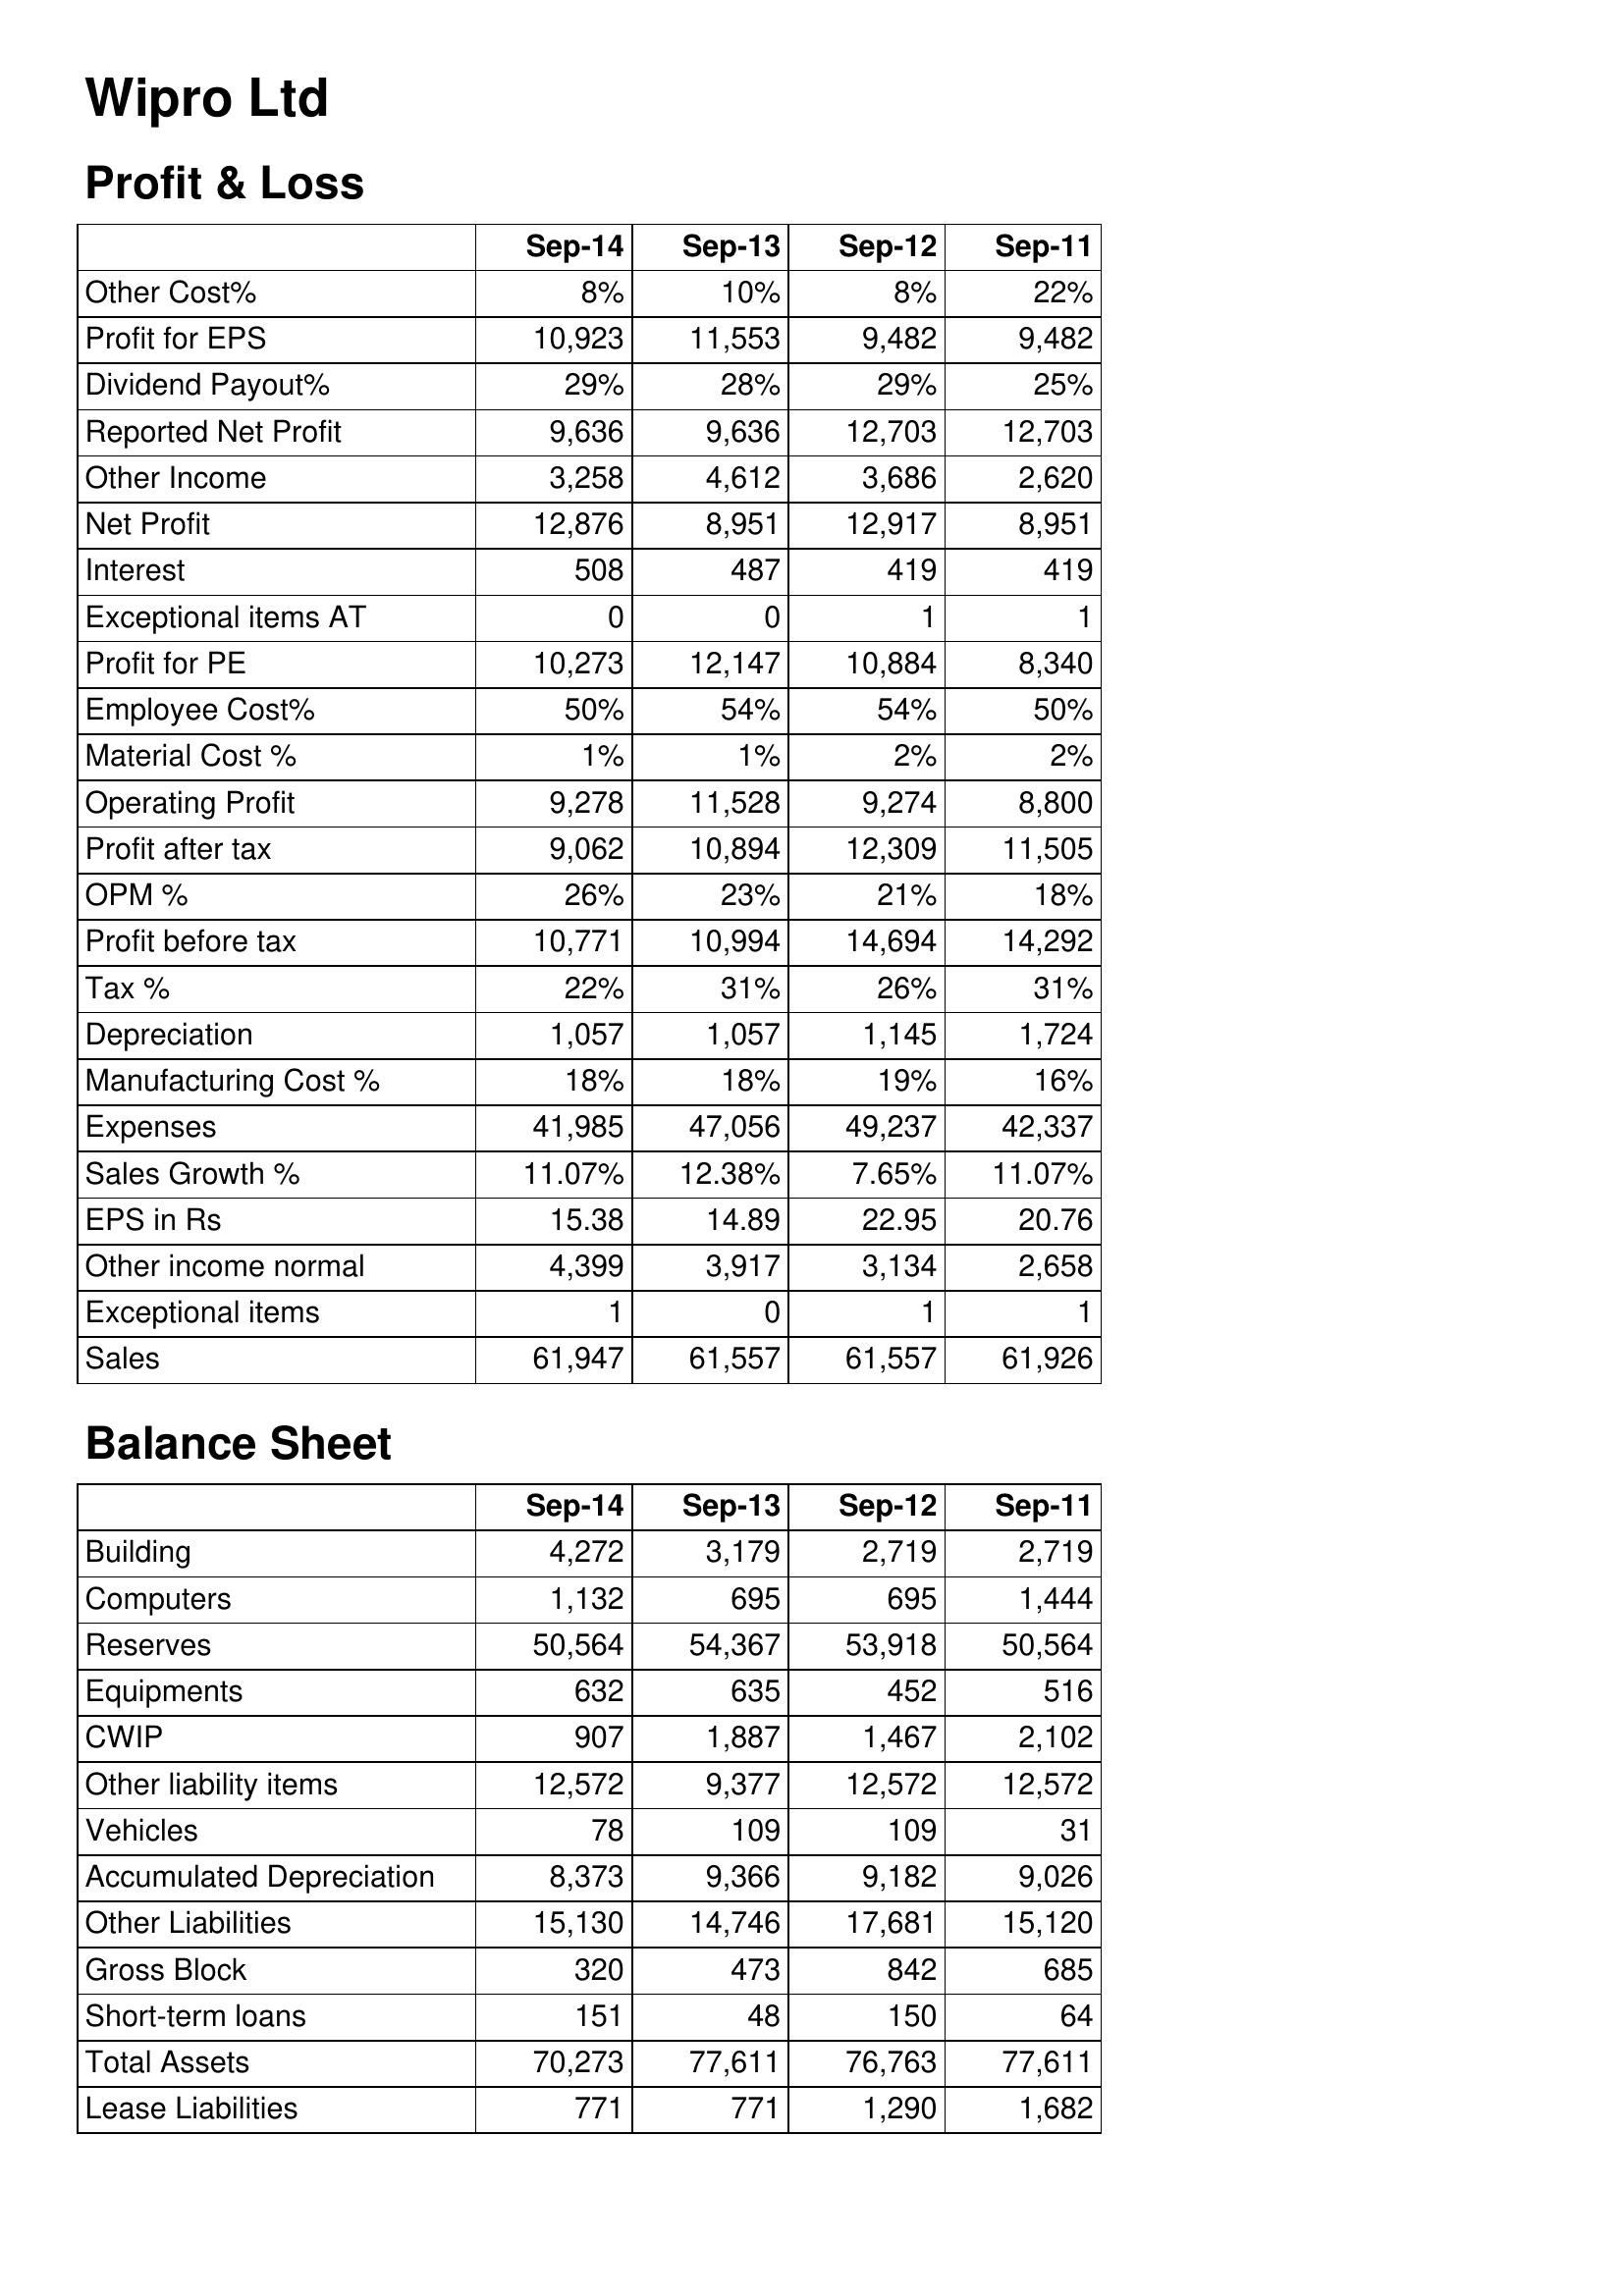
Sep-14: Profit & Loss: Other Cost%: 8%
Profit for EPS: 10,923
Dividend Payout%: 29%
Reported Net Profit: 9,636
Other Income: 3,258
Net Profit: 12,876
Interest: 508
Exceptional items AT: 0
Profit for PE: 10,273
Employee Cost%: 50%
Material Cost %: 1%
Operating Profit: 9,278
Profit after tax: 9,062
OPM %: 26%
Profit before tax: 10,771
Tax %: 22%
Depreciation: 1,057
Manufacturing Cost %: 18%
Expenses: 41,985
Sales Growth %: 11.07%
EPS in Rs: 15.38
Other income normal: 4,399
Exceptional items: 1
Sales: 61,947
Balance Sheet: Building: 4,272
Computers: 1,132
Reserves: 50,564
Equipments: 632
CWIP: 907
Other liability items: 12,572
Vehicles: 78
Accumulated Depreciation: 8,373
Other Liabilities: 15,130
Gross Block: 320
Short-term loans: 151
Total Assets: 70,273
Lease Liabilities: 771
Sep-13: Profit & Loss: Other Cost%: 10%
Profit for EPS: 11,553
Dividend Payout%: 28%
Reported Net Profit: 9,636
Other Income: 4,612
Net Profit: 8,951
Interest: 487
Exceptional items AT: 0
Profit for PE: 12,147
Employee Cost%: 54%
Material Cost %: 1%
Operating Profit: 11,528
Profit after tax: 10,894
OPM %: 23%
Profit before tax: 10,994
Tax %: 31%
Depreciation: 1,057
Manufacturing Cost %: 18%
Expenses: 47,056
Sales Growth %: 12.38%
EPS in Rs: 14.89
Other income normal: 3,917
Exceptional items: 0
Sales: 61,557
Balance Sheet: Building: 3,179
Computers: 695
Reserves: 54,367
Equipments: 635
CWIP: 1,887
Other liability items: 9,377
Vehicles: 109
Accumulated Depreciation: 9,366
Other Liabilities: 14,746
Gross Block: 473
Short-term loans: 48
Total Assets: 77,611
Lease Liabilities: 771
Sep-12: Profit & Loss: Other Cost%: 8%
Profit for EPS: 9,482
Dividend Payout%: 29%
Reported Net Profit: 12,703
Other Income: 3,686
Net Profit: 12,917
Interest: 419
Exceptional items AT: 1
Profit for PE: 10,884
Employee Cost%: 54%
Material Cost %: 2%
Operating Profit: 9,274
Profit after tax: 12,309
OPM %: 21%
Profit before tax: 14,694
Tax %: 26%
Depreciation: 1,145
Manufacturing Cost %: 19%
Expenses: 49,237
Sales Growth %: 7.65%
EPS in Rs: 22.95
Other income normal: 3,134
Exceptional items: 1
Sales: 61,557
Balance Sheet: Building: 2,719
Computers: 695
Reserves: 53,918
Equipments: 452
CWIP: 1,467
Other liability items: 12,572
Vehicles: 109
Accumulated Depreciation: 9,182
Other Liabilities: 17,681
Gross Block: 842
Short-term loans: 150
Total Assets: 76,763
Lease Liabilities: 1,290
Sep-11: Profit & Loss: Other Cost%: 22%
Profit for EPS: 9,482
Dividend Payout%: 25%
Reported Net Profit: 12,703
Other Income: 2,620
Net Profit: 8,951
Interest: 419
Exceptional items AT: 1
Profit for PE: 8,340
Employee Cost%: 50%
Material Cost %: 2%
Operating Profit: 8,800
Profit after tax: 11,505
OPM %: 18%
Profit before tax: 14,292
Tax %: 31%
Depreciation: 1,724
Manufacturing Cost %: 16%
Expenses: 42,337
Sales Growth %: 11.07%
EPS in Rs: 20.76
Other income normal: 2,658
Exceptional items: 1
Sales: 61,926
Balance Sheet: Building: 2,719
Computers: 1,444
Reserves: 50,564
Equipments: 516
CWIP: 2,102
Other liability items: 12,572
Vehicles: 31
Accumulated Depreciation: 9,026
Other Liabilities: 15,120
Gross Block: 685
Short-term loans: 64
Total Assets: 77,611
Lease Liabilities: 1,682